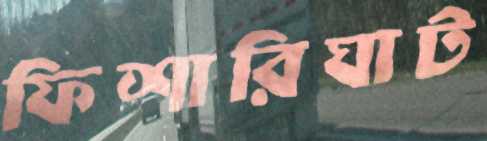
ফিশারিঘাট